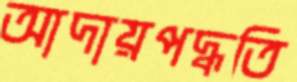
আদায়পদ্ধতি